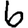
Digit: 6